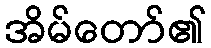
အိမ်တော်၏